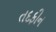
તદફીન